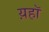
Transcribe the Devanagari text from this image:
य़हॉ